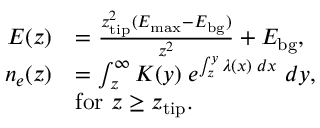
\begin{array} { r l } { E ( z ) } & { = \frac { z _ { \mathrm { t i p } } ^ { 2 } ( E _ { \mathrm { m a x } } - E _ { \mathrm { b g } } ) } { z ^ { 2 } } + E _ { \mathrm { b g } } , } \\ { n _ { e } ( z ) } & { = \int _ { z } ^ { \infty } K ( y ) \; e ^ { \int _ { z } ^ { y } \lambda ( x ) \; d x } \; d y , } \\ & { \mathrm { f o r ~ } z \geq z _ { \mathrm { t i p } } . } \end{array}